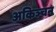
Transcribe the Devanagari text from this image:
अकिञ्चन